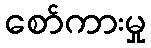
စော်ကားမှု